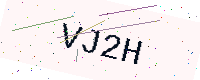
Text: VJ2H